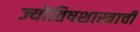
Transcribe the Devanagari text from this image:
ज्योतिषशास्त्राची